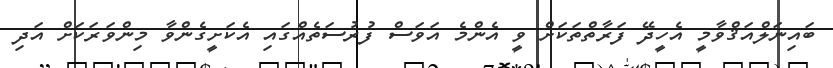
ބައިނަލްއަޤްވާމީ އެހީދޭ ފަރާތްތަކަށް ވީ އެންމެ އަވަސް ފުރުސަތެއްގައި އެކަށީގެންވާ މިންވަރަކަށް އަދި